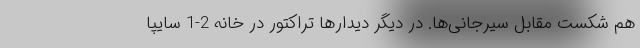
هم شکست مقابل سیرجانی‌ها. در دیگر دیدارها تراکتور در خانه 2-1 سایپا